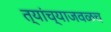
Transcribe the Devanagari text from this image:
त्यांच्याजवळच